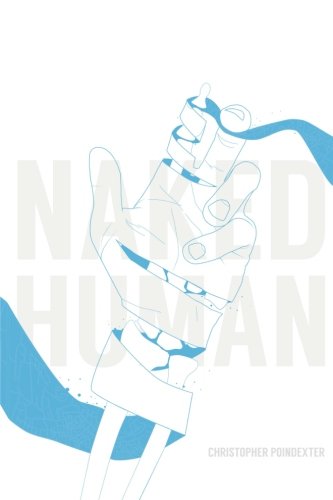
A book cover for Naked Human; Christopher Poindexter; Literature & Fiction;